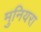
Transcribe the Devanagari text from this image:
मुनियरा